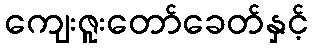
ကျေးဇူးတော်ခေတ်နှင့်